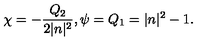
\chi = - \frac { Q _ { 2 } } { 2 | n | ^ { 2 } } , \psi = Q _ { 1 } = | n | ^ { 2 } - 1 .